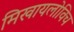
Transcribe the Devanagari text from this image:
मिखायलोविच